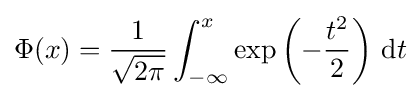
\Phi (x)={\frac {1}{\sqrt {2\pi }}}\int _{-\infty }^{x}\exp \left(-{\frac {t^{2}}{2}}\right)\,\mathrm {d} t